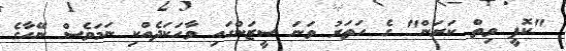
"ކޮފީ ވިތް ކަރަން" ގެ ހަތަރު ވަނަ ސީޒަންގައި ވާހަކަދެއްކި ނަމަވެސް ނޭހާގެ